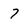
Character: 7